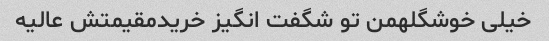
خیلی خوشگلهمن تو شگفت انگیز خریدمقیمتش عالیه